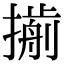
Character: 𢵏